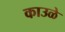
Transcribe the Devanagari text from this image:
काउळे